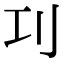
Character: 㓚